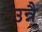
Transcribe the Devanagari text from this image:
उन्नै